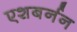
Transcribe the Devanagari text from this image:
एशबर्नन